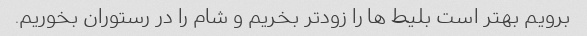
برویم بهتر است بلیط ها را زودتر بخریم و شام را در رستوران بخوریم.